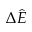
\Delta \hat { E }